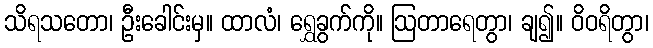
သိရသတော၊ ဦးခေါင်းမှ။ ထာလံ၊ ရွှေခွက်ကို။ ဩတာရေတွာ၊ ချ၍။ ဝိဝရိတွာ၊